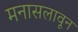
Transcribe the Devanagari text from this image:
मनासलावून